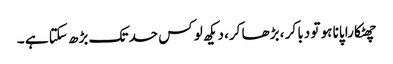
چھٹکارا پانا ہو تو دبا کر ، بڑھا کر، دیکھ لو کس حد تک بڑھ سکتا ہے ۔